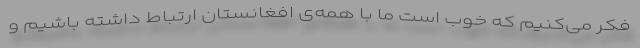
فکر می‌کنیم که خوب است ما با همه‌ی افغانستان ارتباط داشته باشیم و